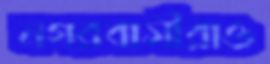
নগরবাসীরাও